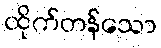
ထိုက်တန်သော